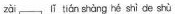
zǎī lǐ tǐán sàng hé shì de shù